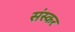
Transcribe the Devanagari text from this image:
संस्कर